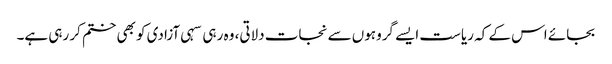
بجائے اس کے کہ ریاست ایسے گروہوں سے نجات دلاتی، وہ رہی سہی آزادی کو بھی ختم کر رہی ہے۔